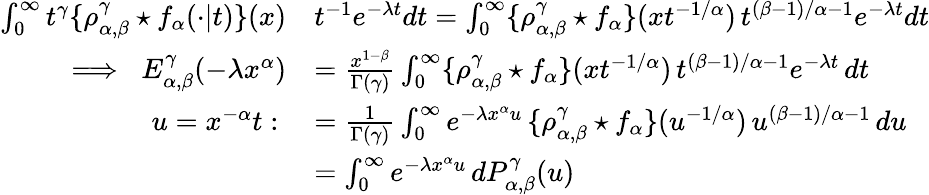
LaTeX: \begin{array}{rl}{\int_{0}^{\infty}t^{\gamma}\{ \rho_{\alpha,\beta}^{\gamma}\star f_{\alpha}(\cdot\vert t)\} (x)}&{t^{-1}e^{-\lambda t}dt=\int_{0}^{\infty}\{ \rho_{\alpha,\beta}^{\gamma}\star f_{\alpha}\} (xt^{-1/\alpha})\, t^{(\beta-1)/\alpha-1}e^{-\lambda t}dt}\\ {\implies\; E_{\alpha,\beta}^{\gamma}(-\lambda x^{\alpha})}&{=\frac{x^{1-\beta}}{\Gamma(\gamma)}\int_{0}^{\infty}\{ \rho_{\alpha,\beta}^{\gamma}\star f_{\alpha}\} (xt^{-1/\alpha})\, t^{(\beta-1)/\alpha-1}e^{-\lambda t}\, dt}\\ {u=x^{-\alpha}t:\; }&{=\frac{1}{\Gamma(\gamma)}\int_{0}^{\infty}e^{-\lambda x^{\alpha}u}\, \{ \rho_{\alpha,\beta}^{\gamma}\star f_{\alpha}\} (u^{-1/\alpha})\, u^{(\beta-1)/\alpha-1}\, du}\\ &{=\int_{0}^{\infty}e^{-\lambda x^{\alpha}u}\, dP_{\alpha,\beta}^{\gamma}(u)}\end{array}